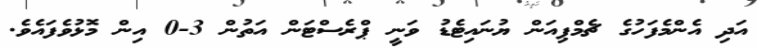
އަދި އެންމެފަހުގެ ޗެމްޕިއަން ޔުނައިޓެޑު ވަނީ ޕްރެސްޓަން އަތުން 3-0 އިން މޮޅުވެފައެވެ.